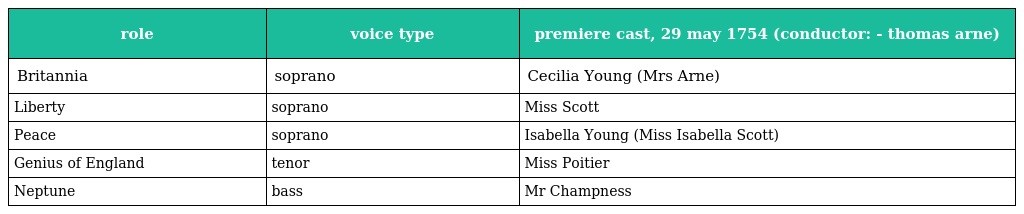
| role | voice type | premiere cast, 29 may 1754 (conductor: - thomas arne) |
 | --- | --- | --- |
 | Britannia | soprano | Cecilia Young (Mrs Arne) |
 | Liberty | soprano | Miss Scott |
 | Peace | soprano | Isabella Young (Miss Isabella Scott) |
 | Genius of England | tenor | Miss Poitier |
 | Neptune | bass | Mr Champness |